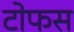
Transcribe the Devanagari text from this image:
टोफस